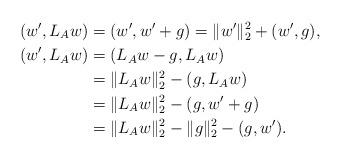
LaTeX: \begin{align*} (w', L_A w) &= (w', w' + g) = \| w'\|_2^2 + (w', g),\ \ \ \ \\ (w', L_A w) &= ( L_A w - g, L_A w) \\ &= \| L_A w\|_2^2 - (g, L_A w)\\ &= \| L_A w\|_2^2 - (g, w' +g) \\ &= \| L_A w\|_2^2 - \| g\|_2^2 - (g,w'). \end{align*}